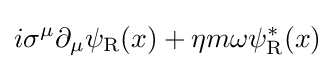
i\sigma ^{\mu }\partial _{\mu }\psi _{\rm {R}}(x)+\eta m\omega \psi _{\rm {R}}^{*}(x)